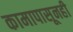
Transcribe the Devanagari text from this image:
कामापासूनही